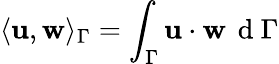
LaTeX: \langle{\mathbf u},{\mathbf w}\rangle_{\Gamma}=\int_{\Gamma}{\mathbf u}\cdot{\mathbf w}\, \mathrm{~d~}\Gamma